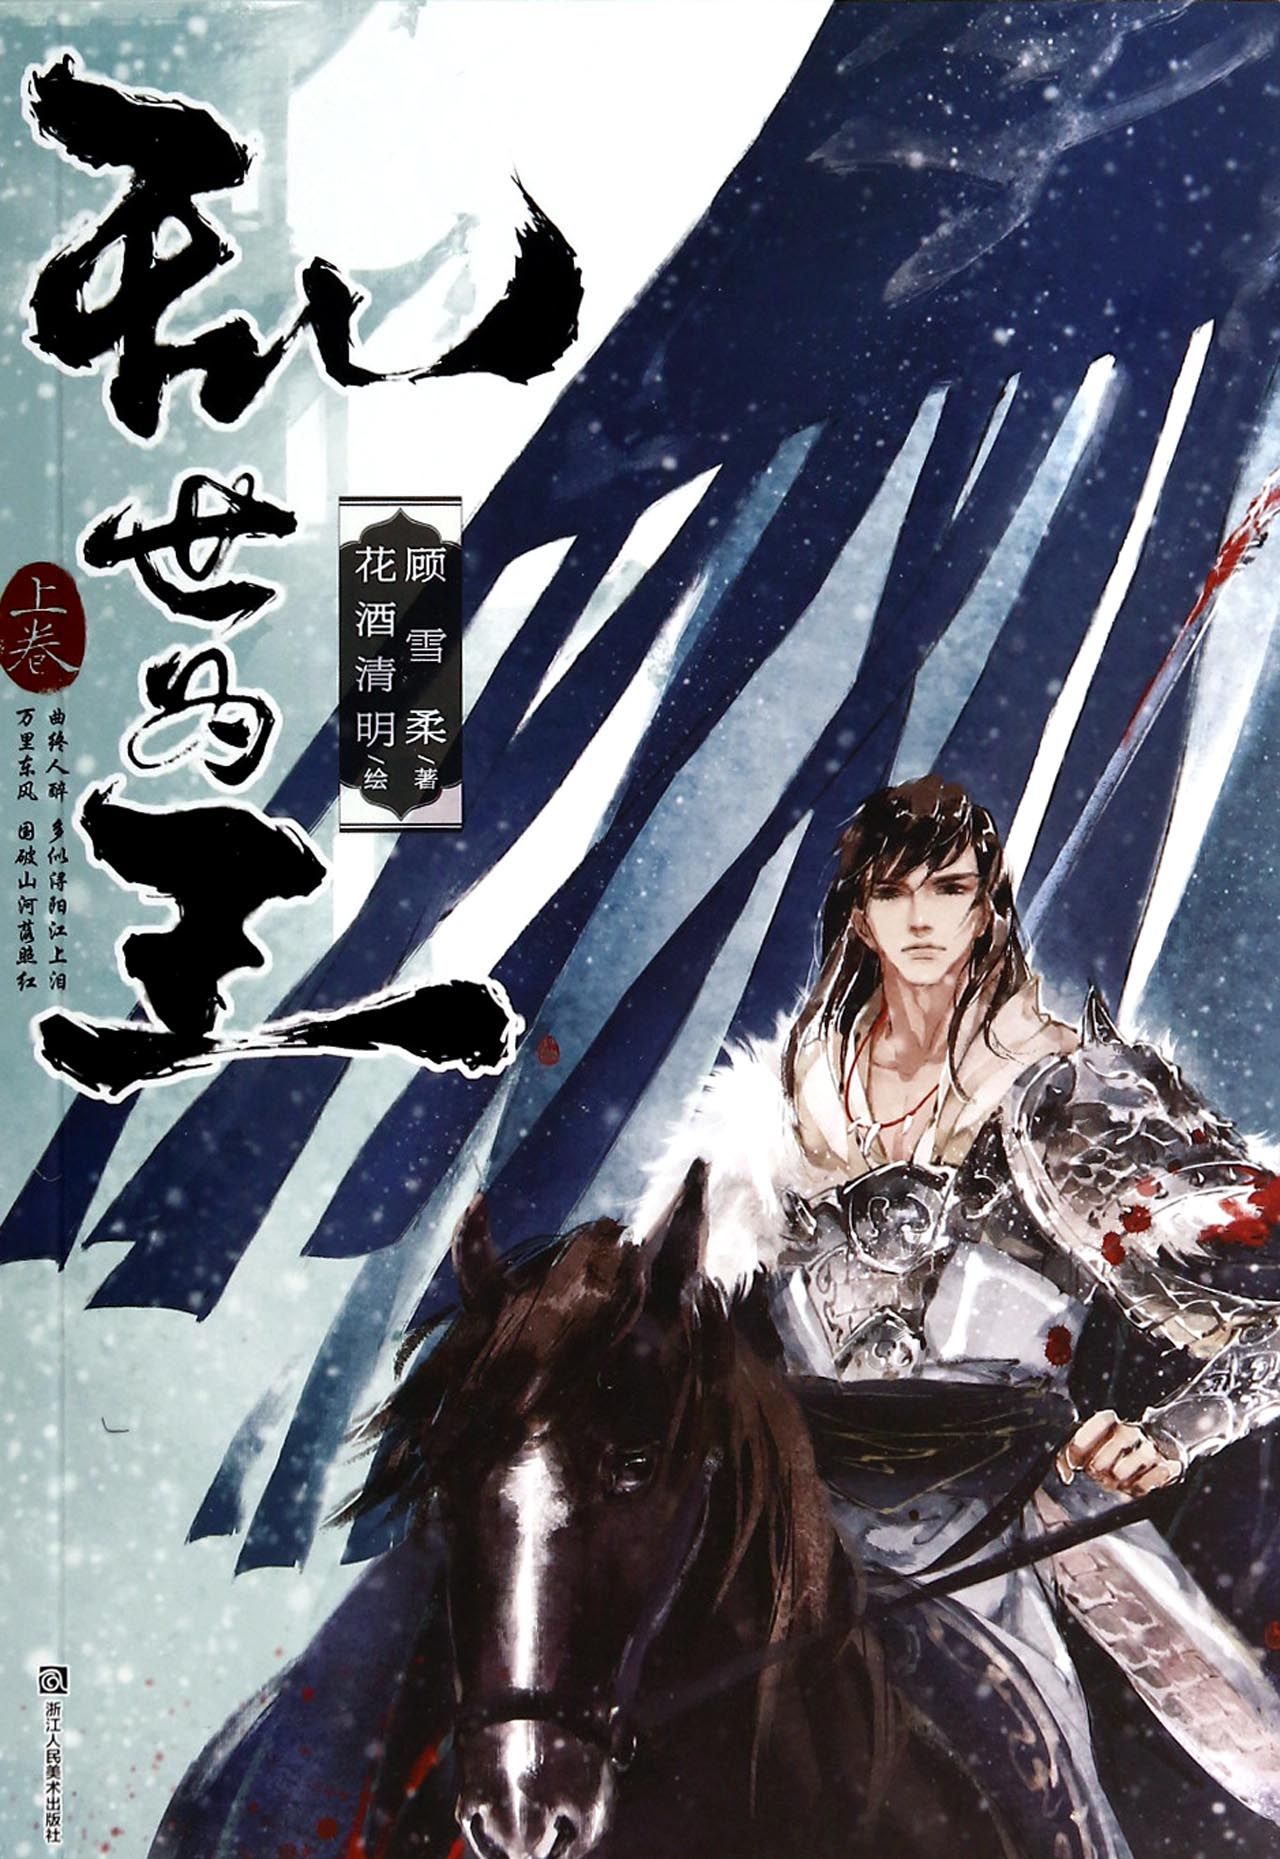
曲终人醉。多似浔阳江上泪。